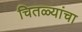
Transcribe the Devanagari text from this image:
चितळ्यांचा